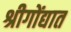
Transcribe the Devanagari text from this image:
श्रीगोंद्यात